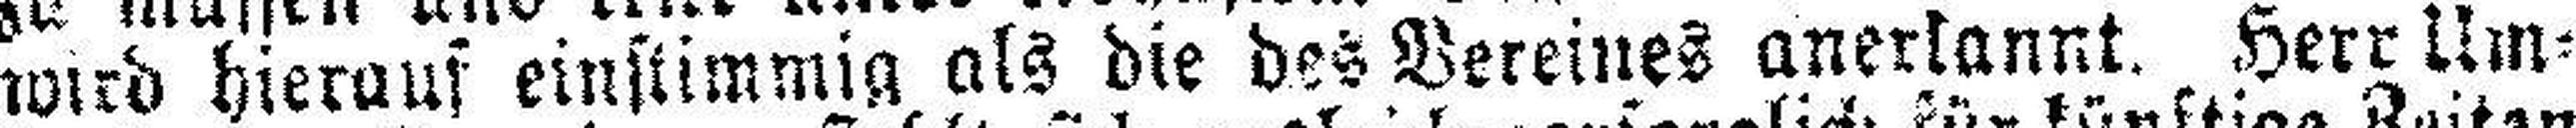
wird hierauf einstimmig als die des Vereines anerkannt. Herr Um¬